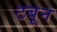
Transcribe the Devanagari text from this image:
टबून